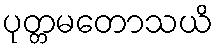
ပုတ္တမတောသယိ